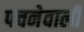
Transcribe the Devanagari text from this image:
पचनेवाली